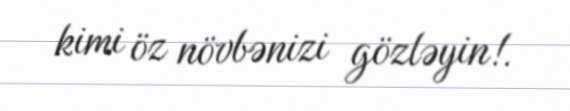
kimi öz növbənizi gözləyin!.